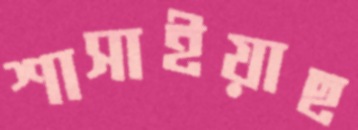
শাসাইয়াছ